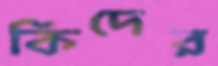
কিদের